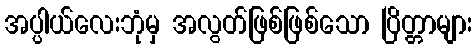
အပ္ပါယ်လေးဘုံမှ အလွတ်ဖြစ်ဖြစ်သော ပြိတ္တာများ